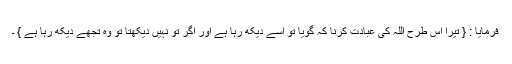
فرمایا : { تیرا اس طرح اللہ کی عبادت کرنا کہ گویا تو اسے دیکھ رہا ہے اور اگر تو نہیں دیکھتا تو وہ تجھے دیکھ رہا ہے } ۔